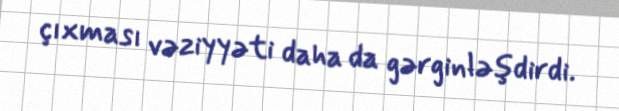
çıxması vəziyyəti daha da gərginləşdirdi.